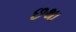
છથા